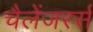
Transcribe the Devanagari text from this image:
चैलेंजरर्स